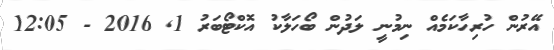
އޭރުން ހުރިހާކަމެއް ނިމުނީ ލަދުން ބޯހަލާކު އޮކްޓޯބަރު 1